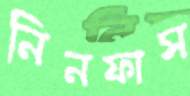
নিনফাস